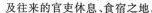
及往来的官吏休息、食宿之地。